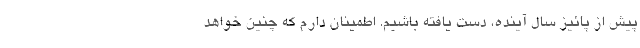
پیش از پائیز سال آینده، دست یافته باشیم. اطمینان دارم که چنین خواهد